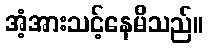
အံ့အားသင့်နေမိသည်။